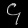
Digit: ၄